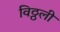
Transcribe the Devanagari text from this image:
विठ्ठली